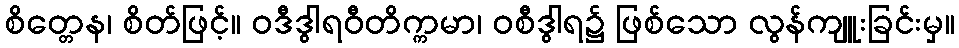
စိတ္တေန၊ စိတ်ဖြင့်။ ဝဒီဒွါရဝီတိက္ကမာ၊ ဝစီဒွါရ၌ ဖြစ်သော လွန်ကျူးခြင်းမှ။